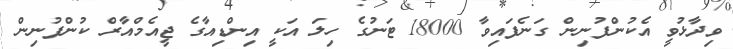
ވިދާޅުވީ އެކުންފުނިން ގަނެފައިވާ 18000 ޓަނުގެ ހިލަ އަކީ އިންޑިއާގެ ޖީއެމްއާރް ކުންފުނިން